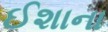
ઈશાના